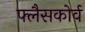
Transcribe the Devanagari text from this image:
फ्लैसकोर्व